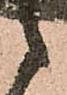
之